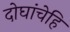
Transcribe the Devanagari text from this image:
दोघांचेहि